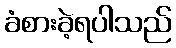
ခံစားခဲ့ရပါသည်